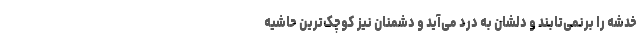
خدشه را برنمی‌تابند و دلشان به درد می‌آید و دشمنان نیز کوچک‌ترین حاشیه